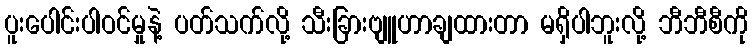
ပူးပေါင်းပါဝင်မှုနဲ့ ပတ်သက်လို့ သီးခြားဗျူဟာချထားတာ မရှိပါဘူးလို့ ဘီဘီစီကို